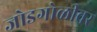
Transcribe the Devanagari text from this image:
जोडगोळीवर